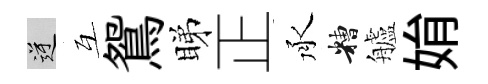
逆互鴛睇正承糟艫姢